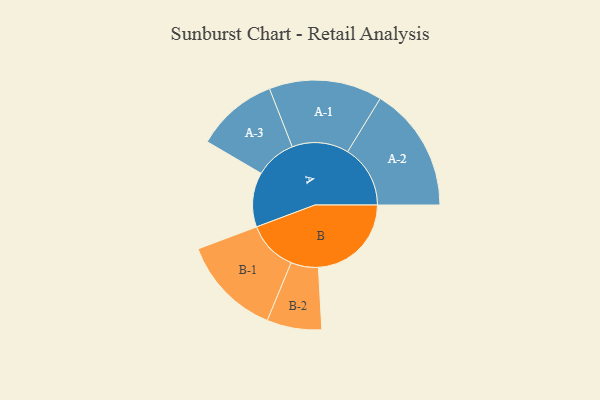
{"axis": {"x": "Segment", "y": "Value"}, "legend": ["", "A", "B"], "data": [{"x": "A", "y": 243, "type": ""}, {"x": "B", "y": 414, "type": ""}, {"x": "A-1", "y": 252, "type": "A"}, {"x": "A-2", "y": 279, "type": "A"}, {"x": "A-3", "y": 182, "type": "A"}, {"x": "B-1", "y": 224, "type": "B"}, {"x": "B-2", "y": 122, "type": "B"}]}